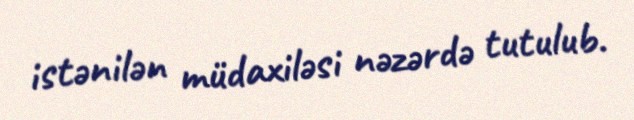
istənilən müdaxiləsi nəzərdə tutulub.